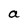
Character: a